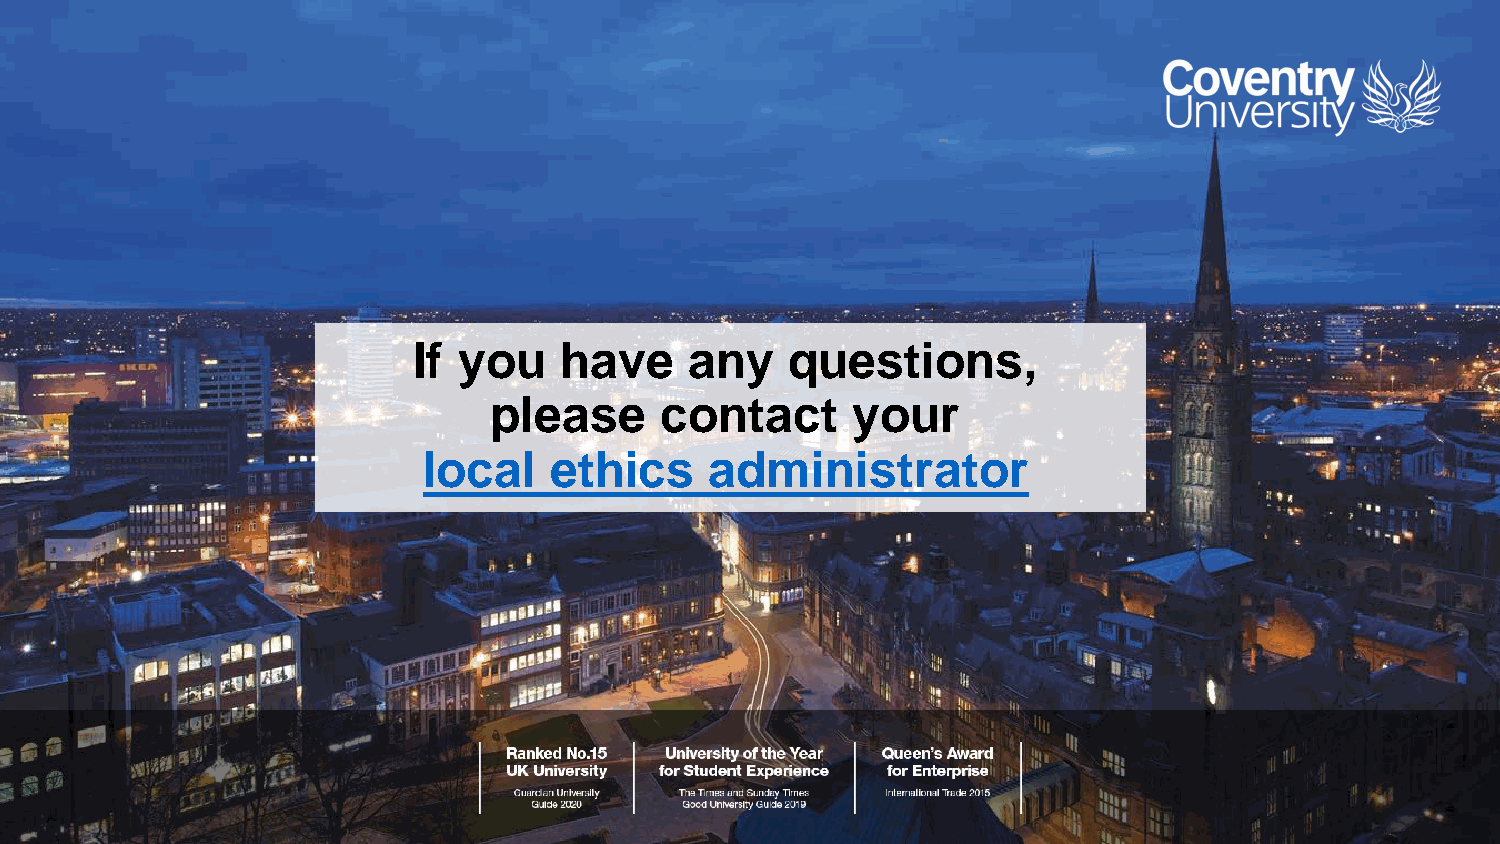
If you    have     any   questions,
 please      contact     your
 local   ethics     administrator